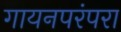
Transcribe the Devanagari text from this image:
गायनपरंपरा